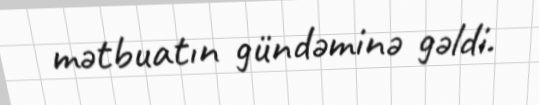
mətbuatın gündəminə gəldi.